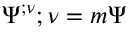
\Psi ^ { ; \nu } { } { ; \nu } = m \Psi